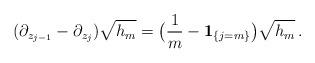
LaTeX: \begin{align*} (\partial_{z_{j-1}} - \partial_{z_{j}}) \sqrt{h_m} = \big(\frac 1m - {\bf 1}_{\{j=m\}} \big) \sqrt{h_m} \,. \end{align*}